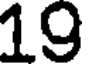
19